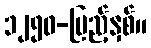
၁၂၅၀-ပြည့်နှစ်။